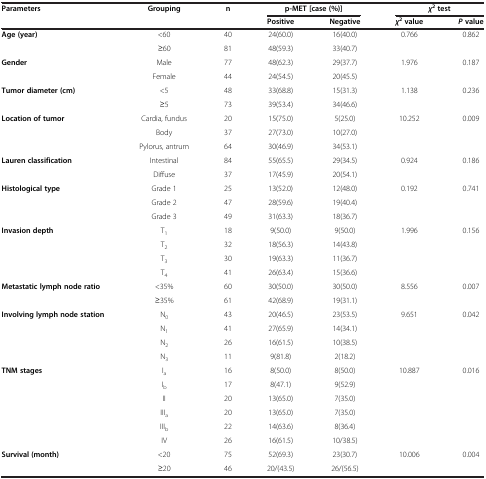
<table><thead><tr><td rowspan="2"><b>Parameters</b></td><td rowspan="2"><b>Grouping</b></td><td rowspan="2"><b>n</b></td><td colspan="2"><b>p-MET [case (%)]</b></td><td colspan="2"><b><i>χ</i><sup>2 </sup>test</b></td></tr><tr><td><b>Positive</b></td><td><b>Negative</b></td><td><b><i>χ</i><sup>2 </sup>value</b></td><td><b><i>P </i>value</b></td></tr></thead><tbody><tr><td rowspan="2"><b>Age (year)</b></td><td>&lt;60</td><td>40</td><td>24(60.0)</td><td>16(40.0)</td><td>0.766</td><td>0.862</td></tr><tr><td>≥60</td><td>81</td><td>48(59.3)</td><td>33(40.7)</td><td> </td><td> </td></tr><tr><td rowspan="2"><b>Gender</b></td><td>Male</td><td>77</td><td>48(62.3)</td><td>29(37.7)</td><td>1.976</td><td>0.187</td></tr><tr><td>Female</td><td>44</td><td>24(54.5)</td><td>20(45.5)</td><td> </td><td> </td></tr><tr><td rowspan="2"><b>Tumor diameter (cm)</b></td><td>&lt;5</td><td>48</td><td>33(68.8)</td><td>15(31.3)</td><td>1.138</td><td>0.236</td></tr><tr><td>≥5</td><td>73</td><td>39(53.4)</td><td>34(46.6)</td><td> </td><td> </td></tr><tr><td rowspan="3"><b>Location of tumor</b></td><td>Cardia, fundus</td><td>20</td><td>15(75.0)</td><td>5(25.0)</td><td>10.252</td><td>0.009</td></tr><tr><td>Body</td><td>37</td><td>27(73.0)</td><td>10(27.0)</td><td> </td><td> </td></tr><tr><td>Pylorus, antrum</td><td>64</td><td>30(46.9)</td><td>34(53.1)</td><td> </td><td> </td></tr><tr><td rowspan="2"><b>Lauren classification</b></td><td>Intestinal</td><td>84</td><td>55(65.5)</td><td>29(34.5)</td><td>0.924</td><td>0.186</td></tr><tr><td>Diffuse</td><td>37</td><td>17(45.9)</td><td>20(54.1)</td><td> </td><td> </td></tr><tr><td rowspan="3"><b>Histological type</b></td><td>Grade 1</td><td>25</td><td>13(52.0)</td><td>12(48.0)</td><td>0.192</td><td>0.741</td></tr><tr><td>Grade 2</td><td>47</td><td>28(59.6)</td><td>19(40.4)</td><td> </td><td> </td></tr><tr><td>Grade 3</td><td>49</td><td>31(63.3)</td><td>18(36.7)</td><td> </td><td> </td></tr><tr><td rowspan="4"><b>Invasion depth</b></td><td>T<sub>1</sub></td><td>18</td><td>9(50.0)</td><td>9(50.0)</td><td>1.996</td><td>0.156</td></tr><tr><td>T<sub>2</sub></td><td>32</td><td>18(56.3)</td><td>14(43.8)</td><td> </td><td> </td></tr><tr><td>T<sub>3</sub></td><td>30</td><td>19(63.3)</td><td>11(36.7)</td><td> </td><td> </td></tr><tr><td>T<sub>4</sub></td><td>41</td><td>26(63.4)</td><td>15(36.6)</td><td> </td><td> </td></tr><tr><td rowspan="2"><b>Metastatic lymph node ratio</b></td><td>&lt;35%</td><td>60</td><td>30(50.0)</td><td>30(50.0)</td><td>8.556</td><td>0.007</td></tr><tr><td>≥35%</td><td>61</td><td>42(68.9)</td><td>19(31.1)</td><td> </td><td> </td></tr><tr><td rowspan="4"><b>Involving lymph node station</b></td><td>N<sub>0</sub></td><td>43</td><td>20(46.5)</td><td>23(53.5)</td><td>9.651</td><td>0.042</td></tr><tr><td>N<sub>1</sub></td><td>41</td><td>27(65.9)</td><td>14(34.1)</td><td> </td><td> </td></tr><tr><td>N<sub>2</sub></td><td>26</td><td>16(61.5)</td><td>10(38.5)</td><td> </td><td> </td></tr><tr><td>N<sub>3</sub></td><td>11</td><td>9(81.8)</td><td>2(18.2)</td><td> </td><td> </td></tr><tr><td rowspan="6"><b>TNM stages</b></td><td>I<sub>a</sub></td><td>16</td><td>8(50.0)</td><td>8(50.0)</td><td>10.887</td><td>0.016</td></tr><tr><td>I<sub>b</sub></td><td>17</td><td>8(47.1)</td><td>9(52.9)</td><td> </td><td> </td></tr><tr><td>II</td><td>20</td><td>13(65.0)</td><td>7(35.0)</td><td> </td><td> </td></tr><tr><td>III<sub>a</sub></td><td>20</td><td>13(65.0)</td><td>7(35.0)</td><td> </td><td> </td></tr><tr><td>III<sub>b</sub></td><td>22</td><td>14(63.6)</td><td>8(36.4)</td><td> </td><td> </td></tr><tr><td>IV</td><td>26</td><td>16(61.5)</td><td>10/38.5)</td><td> </td><td> </td></tr><tr><td rowspan="2"><b>Survival (month)</b></td><td>&lt;20</td><td>75</td><td>52(69.3)</td><td>23(30.7)</td><td>10.006</td><td>0.004</td></tr><tr><td>≥20</td><td>46</td><td>20/(43.5)</td><td>26/(56.5)</td><td> </td><td> </td></tr></tbody></table>